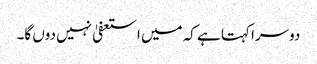
دوسرا کہتا ہے کہ میں استعفیٰ نہیں دوں گا۔